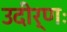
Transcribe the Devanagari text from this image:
उदीर्णः